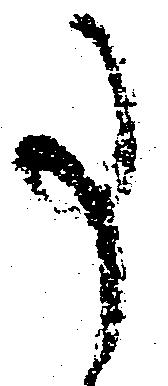
事